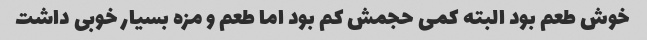
خوش طعم بود البته کمی حجمش کم بود اما طعم و مزه بسیار خوبی داشت